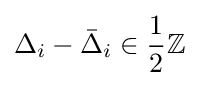
\Delta _{i}-{\bar {\Delta }}_{i}\in {\frac {1}{2}}\mathbb {Z} \